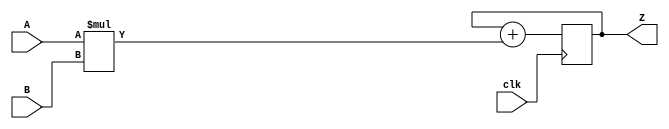
module macc_simple (
    input  wire        clk,
    input  wire [ 7:0] A,
    input  wire [ 7:0] B,
    output reg  [15:0] Z
);

    always @(posedge clk)
        Z <= Z + (A * B);

endmodule